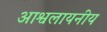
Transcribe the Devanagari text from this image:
आश्वलायनीय